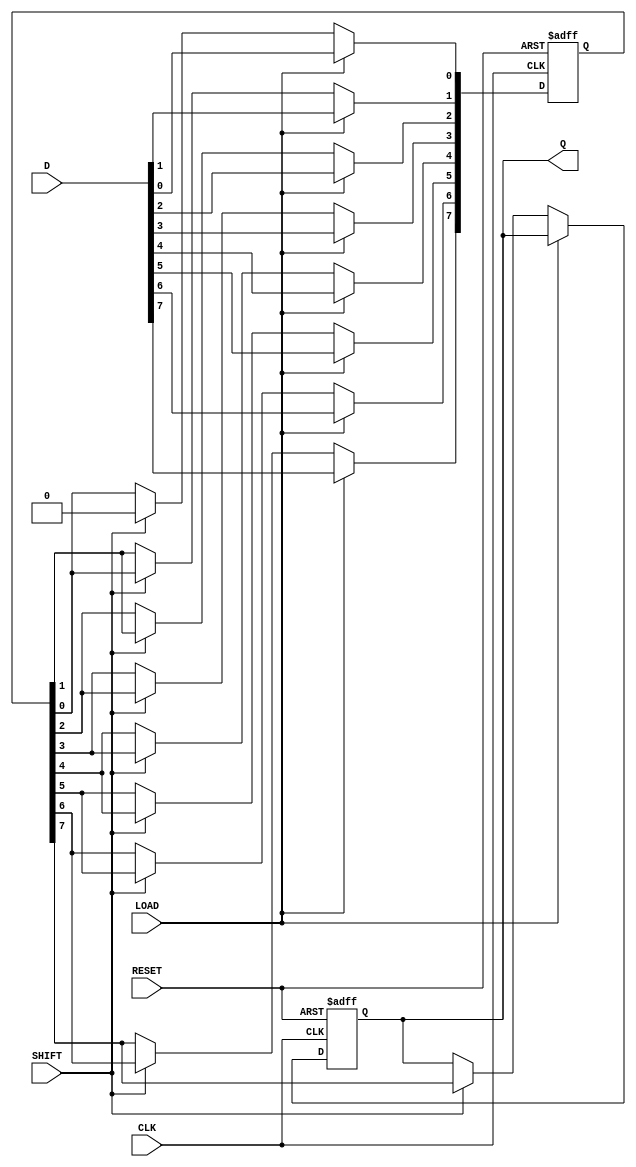
module dynamic_piso_register #(
    parameter WIDTH = 8  // Width of the register (number of input bits)
)(
    input wire [WIDTH-1:0] D,    // Parallel data input
    input wire LOAD,              // Load signal
    input wire SHIFT,             // Shift signal
    input wire CLK,               // Clock signal
    input wire RESET,             // Reset signal
    output reg Q                 // Serial output
);

    reg [WIDTH-1:0] register;     // Internal register to hold data
    integer i;                    // Loop variable

    always @(posedge CLK or posedge RESET) begin
        if (RESET) begin
            // Reset the register to 0
            register <= {WIDTH{1'b0}};
            Q <= 1'b0; // Reset output to 0
        end else begin
            if (LOAD) begin
                // Load data into the register
                register <= D;
            end else if (SHIFT) begin
                // Shift data out serially
                Q <= register[WIDTH-1]; // Output the MSB
                // Shift the register left
                for (i = WIDTH-1; i > 0; i = i - 1) begin
                    register[i] <= register[i-1];
                end
                register[0] <= 1'b0; // Fill the LSB with 0 after shifting
            end
        end
    end

endmodule